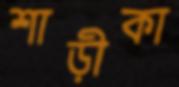
শাড়ীকা